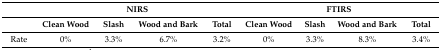
|  | <COLSPAN=4> NIRS | <COLSPAN=4> FTIRS |
 |  | Clean Wood | Slash | Wood and Bark | Total | Clean Wood | Slash | Wood and Bark | Total |
 | --- | --- | --- | --- | --- | --- | --- | --- | --- |
 | Rate | 0% | 3.3% | 6.7% | 3.2% | 0% | 3.3% | 8.3% | 3.4% |